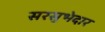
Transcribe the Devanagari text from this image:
सरसुभेदार